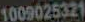
1009025321